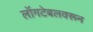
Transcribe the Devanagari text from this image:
लॉगटेबलवरून